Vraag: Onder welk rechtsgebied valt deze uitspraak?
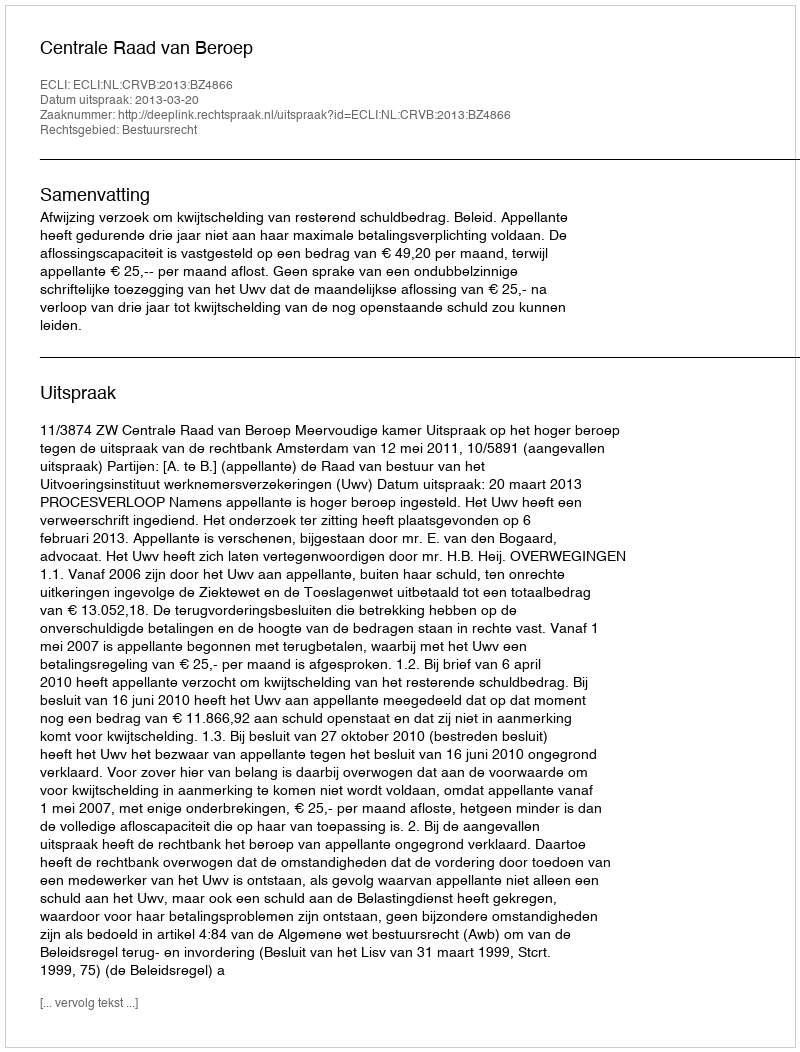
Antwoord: Bestuursrecht